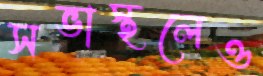
সভাস্থলেও